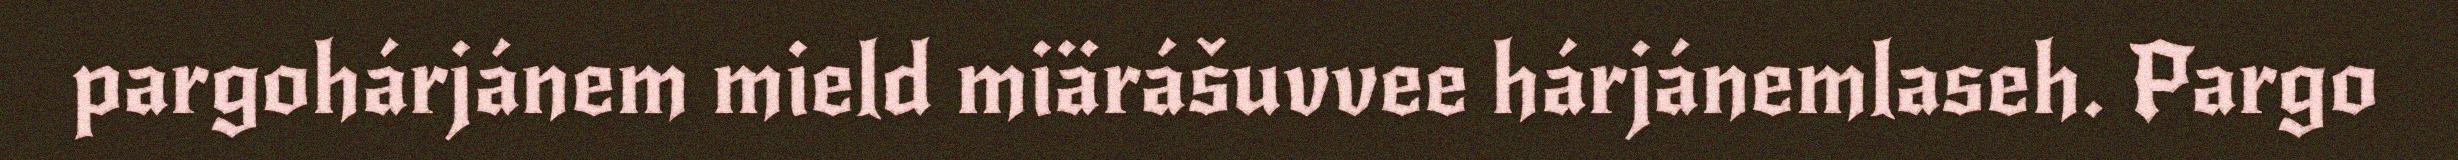
pargohárjánem mield miärášuvvee hárjánemlaseh. Pargo